Mental hospitals Bombay report 1929-33 - 1929-1933
Year: 1929
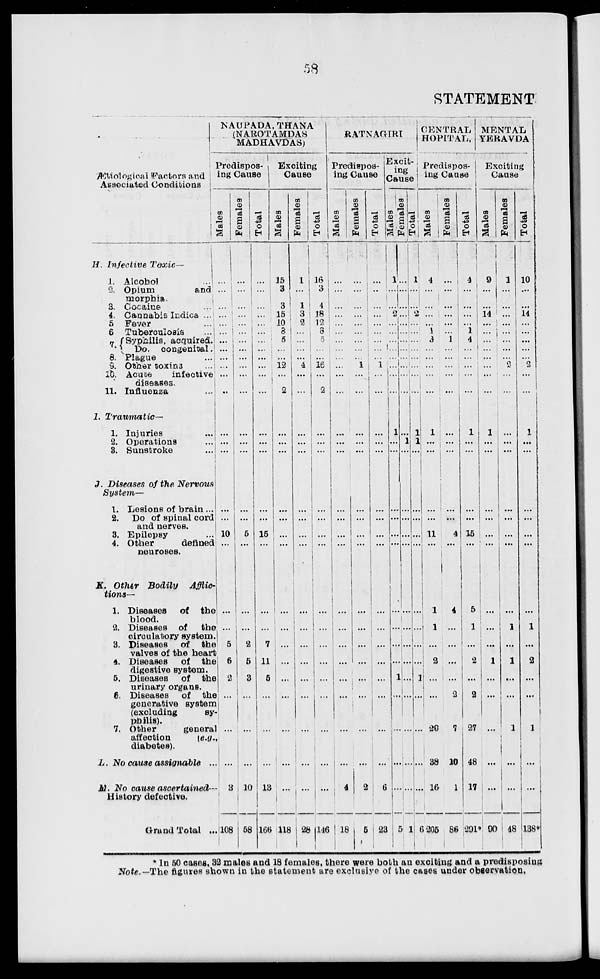
58
STATEMENT
Ætiological Factors and
Associated Conditions
H. Infective Toxic—
1. Alcohol
...
2. Opium
and
morphia.
3. Cocaine...
4. Cannabis Indica ...
5 Fever...
6 Tuberculosis...
7(Syphilis, acquired.
Do. congenital.
8. Plague...
9. Other toxine...
10. Acute
infective
diseases.
11. Influenza...
1.
Traumatic—
1. Injuries...
2. Operations...
3. Sunstroke...
J. Diseases of the Nervous
System—
1. Lesions of brain ...
2. Do of spinal cord
and nerves.
3. Epilepsy
4. Other
defined
neuroses.
K. Other Bodily
Afflic-
tions—
1. Diseases
of the
blood.
2. Diseases of the
circulatory system.
3. Diseases
of the
valves of the heart
4. Diseases
of the
digestive system.
5. Diseases
of the
urinary organs.
6. Diseases
of the
generative system
(excluding
sy-
philis).
7. Other
general
affection
[e.g.
diabetes).
L. No cause assignable
...
M. No cause ascertained—
History defective.
Grand Total ...
NAUPADA, THANA
(NAROTAMDAS
MADHAVDAS)
Predispos¬
ing Cause
Males
...
...
...
...
...
...
...
...
...
...
...
...
...
...
...
...
...
10
...
...
...
5
6
2
...
...
...
3
108
Females
...
...
...
...
...
...
...
...
...
...
...
...
...
...
...
...
...
5
...
...
...
2
5
3
...
...
...
10
58
Total
...
...
...
...
...
...
...
...
...
...
...
...
...
...
...
...
...
15
...
...
...
7
11
5
...
...
...
13
166
Exciting
Cause
Males
15
3
3
15
10
3
5
...
...
12
...
2
...
...
...
...
...
...
...
...
...
...
...
...
...
...
...
118
Females
1
...
1
3
2
...
...
...
...
4
...
...
...
...
...
...
...
...
...
...
...
...
...
...
...
...
...
...
28
Total
16
3
4
18
12
3
5
...
...
16
...
2
...
...
...
...
...
...
...
...
...
...
...
...
...
...
...
...
146
RATNAGIRI
Predispos-
ing Cause
Males
...
...
...
...
...
...
...
...
...
...
...
...
...
...
...
...
...
...
...
...
...
...
...
...
...
...
...
4
18
Females
...
...
...
...
...
...
...
...
...
1
...
...
...
...
...
...
...
...
...
...
...
...
...
...
...
...
...
2
5
Total
...
...
...
...
...
...
...
...
...
1
...
...
...
...
...
...
...
...
...
...
...
...
...
...
...
...
...
6
23
Excit-
ing
Cause
Males
1
...
...
2
...
...
...
...
...
...
...
...
1
...
...
...
...
...
...
...
...
...
...
1
...
...
...
...
5
Females
...
...
...
...
...
...
...
...
...
...
...
...
...
1
...
...
...
...
...
...
...
...
...
...
...
...
...
...
1
Total
1
...
...
2
...
...
..
...
...
...
...
...
1
1
...
...
...
...
...
...
...
...
...
...
...
...
...
...
6
CENTRAL
HOPITAL,
Predispos¬
ing Cause
Males
4
...
...
...
...
1
3
...
...
...
...
...
1
...
...
...
...
11
...
1
1
...
2
...
...
20
38
16
205
Females
...
...
...
...
...
...
1
...
...
...
...
...
...
...
...
...
...
4
...
4
...
...
...
...
2
7
10
1
86
Total
4
...
...
...
...
1 4
...
...
...
...
...
1
...
...
...
...
15
...
5
1
...
2
...
2
27
48
17
291*
MENTAL
YERAVDA
Exciting
Cause
Males
9
...
...
14
...
...
...
...
... ...
...
...
1
...
...
...
...
...
...
...
...
...
1
...
...
...
...
...
90
Females
1
...
...
...
...
...
...
...
...
2
...
...
...
...
...
...
...
...
...
...
1
...
1
...
...
1
...
...
48
Total
10
...
...
14
...
...
...
...
...
2
...
...
1
...
...
...
...
...
...
...
1
...
2
...
...
1
...
...
138*
* In 50 cases, 32 males and 18 females, there were both an exciting and a predisposing
Note.—The figures shown in the statement are exclusive of the cases under observation.